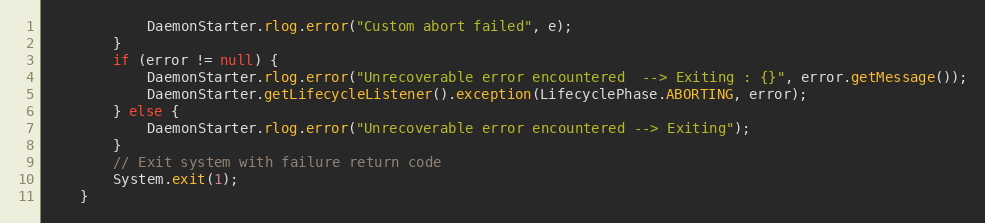
Language: Java
            DaemonStarter.rlog.error("Custom abort failed", e);
        }
        if (error != null) {
            DaemonStarter.rlog.error("Unrecoverable error encountered  --> Exiting : {}", error.getMessage());
            DaemonStarter.getLifecycleListener().exception(LifecyclePhase.ABORTING, error);
        } else {
            DaemonStarter.rlog.error("Unrecoverable error encountered --> Exiting");
        }
        // Exit system with failure return code
        System.exit(1);
    }